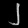
Digit: ၂